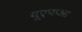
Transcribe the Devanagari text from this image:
यूएफआ